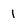
Character: I